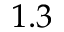
1 . 3